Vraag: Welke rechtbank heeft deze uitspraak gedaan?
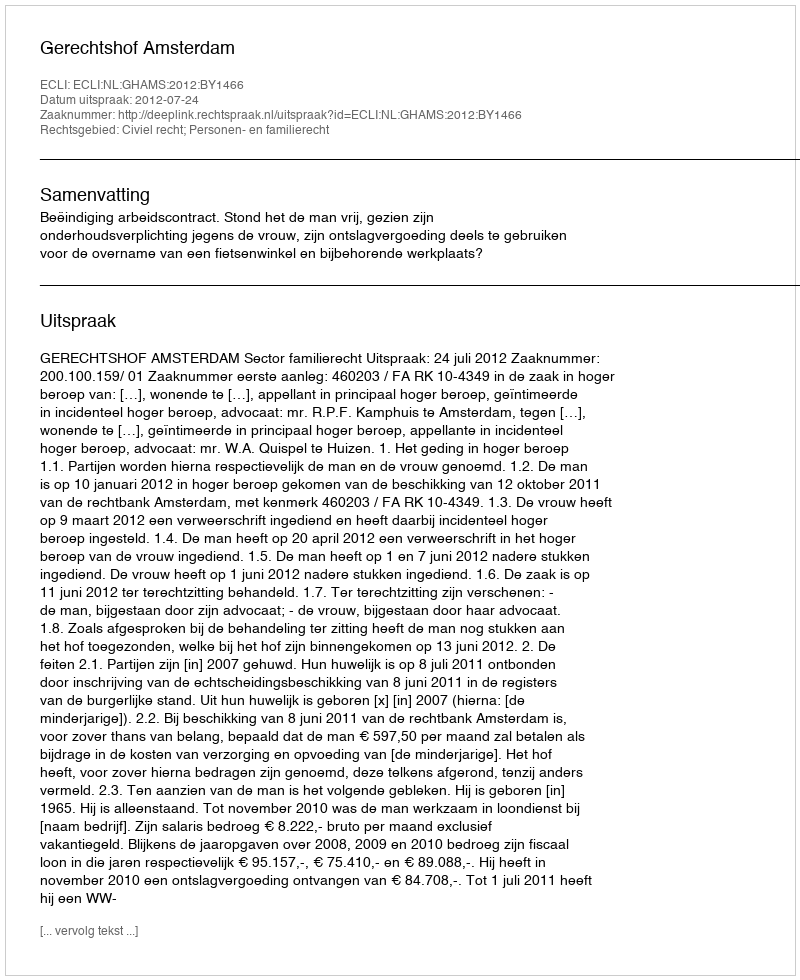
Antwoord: Gerechtshof Amsterdam